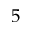
5